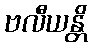
ဗလီယန္တိ